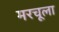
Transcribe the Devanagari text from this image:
मरचूला